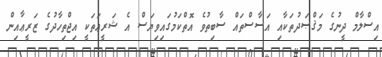
އިސްލާމް ދީނުގެ މަޤްޞަދުތަކާއި އަސާސްތައް ސާބިތުވެ އޮތްކަމުގައިވިޔަސް އެ ޝަރީޢަތަކީ އިޖްތިހާދުގެ ޒަރީޢާއިން